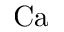
\mathrm { C a }